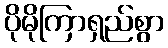
ပိုမိုကြာရှည်စွာ